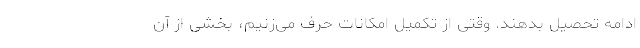
ادامه تحصیل بدهند. وقتی از تکمیل امکانات حرف می‌زنیم، بخشی از آن